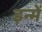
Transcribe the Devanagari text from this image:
इन्‍में